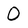
Character: O